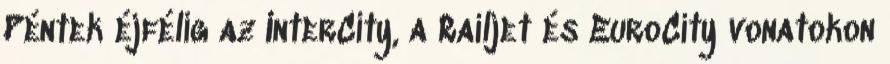
Péntek éjfélig az InterCity, a Railjet és EuroCity vonatokon